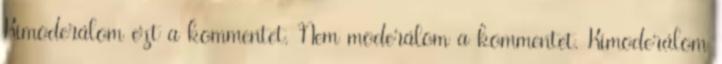
Kimoderálom ezt a kommentet. Nem moderálom a kommentet. Kimoderálom